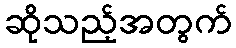
ဆိုသည့်အတွက်